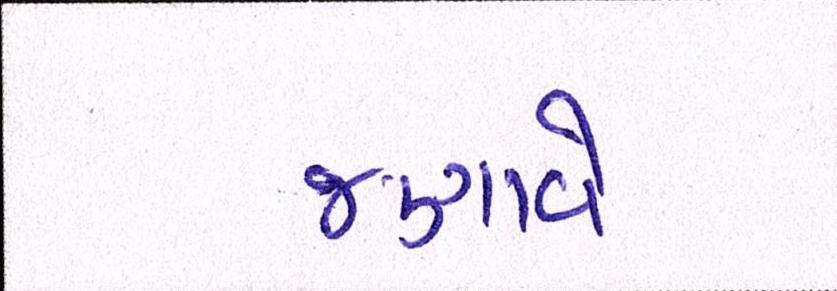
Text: જણાવે